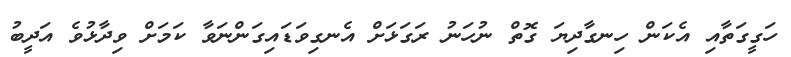
ހަގީގަތާއި އެކަން ހިނގާދިޔަ ގޮތް ނުހަނު ރަގަޅަށް އެނގިވަޑައިގަންނަވާ ކަަމަށް ވިދާޅުވެ އަދީބު